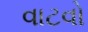
વાટવો